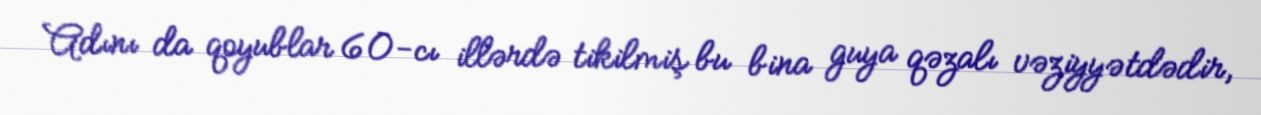
Adını da qoyublar 60-cı illərdə tikilmiş bu bina guya qəzalı vəziyyətdədir,